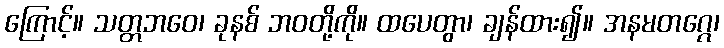
ကြောင့်။ သတ္တဘဝေ၊ ခုနစ် ဘဝတို့ကို။ ထပေတွာ၊ ချန်ထား၍။ အနမတဂ္ဂေ၊